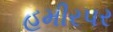
હમીરપર